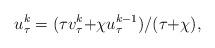
LaTeX: \begin{align*}u_\tau^k=(\tau v_\tau^k{+}\chi u_\tau^{k-1})/(\tau{+}\chi),\end{align*}